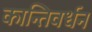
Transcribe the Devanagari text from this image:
कान्तिवर्धन